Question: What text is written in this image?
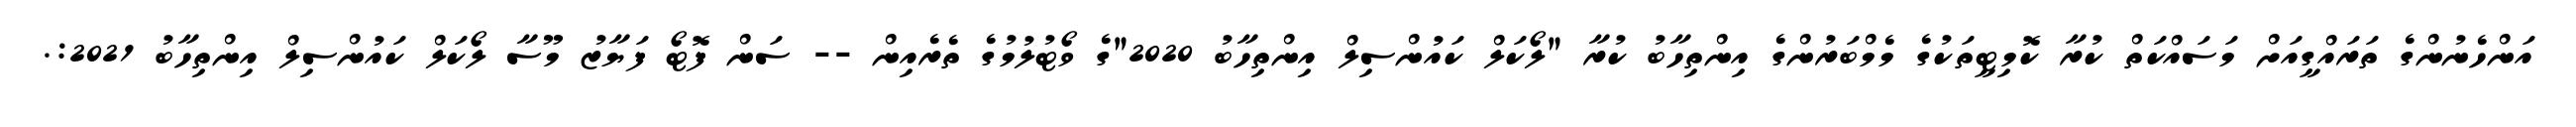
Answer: އަންހެނުންގެ ތަރައްގީއަށް މަސައްކަތް ކުރާ ކޮމިޓީތަކުގެ މެމްބަރުންގެ އިންތިހާބު ކުރާ "ލޯކަލް ކައުންސިލް އިންތިހާބު 2020"ގެ ވޯޓުލުމުގެ ތެރެއިން -- ސަން ފޮޓޯ ފަޔާޒު މޫސާ ލޯކަލް ކައުންސިލް އިންތިހާބު 2021:.